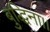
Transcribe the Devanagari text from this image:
बुद्धिना।।